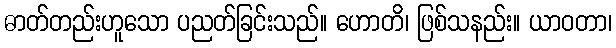
ဓာတ်တည်းဟူသော ပညတ်ခြင်းသည်။ ဟောတိ၊ ဖြစ်သနည်း။ ယာဝတာ၊